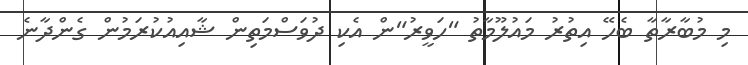
މި މުބާރާތާ ބެހޭ އިތުރު މައުލޫމާތު "ހަވީރު"ން އެކި ދުވަސްމަތިން ޝާއިއުކުރަމުން ގެންދާނެ